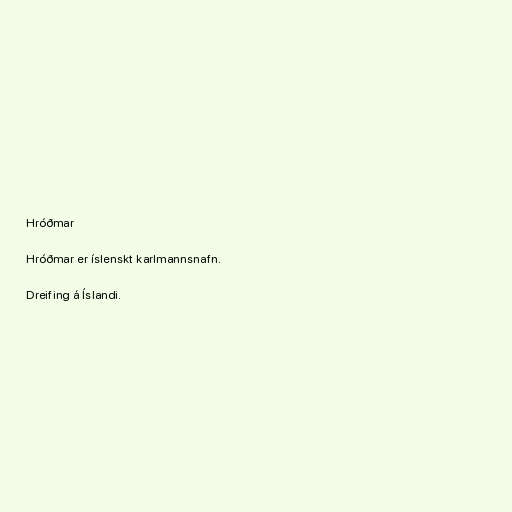
Hróðmar

Hróðmar er íslenskt karlmannsnafn.

Dreifing á Íslandi.